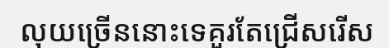
លុយច្រើននោះទេគួរតែជ្រើសរើស